Hookworm disease and how to prevent it
Disease focus: Hookworm
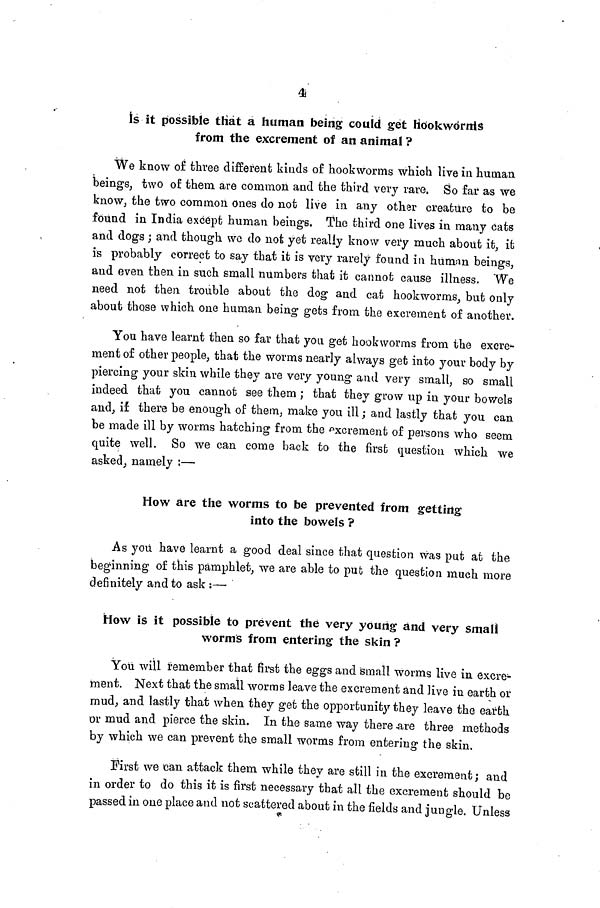
4
is it possible that a human being couid get Hookworms
from the excrement of an animal ?
We know of three different kinds of hookworms which live in human
beings, two of them are common and the third very rare. So far as we
know the two common ones do not live in any other creature to be
found in India except human beings. The third one lives in many cats
and dogs ; and though we do not yet really know very much about it, it
is probably correct to say that it is very rarely found in human beings,
and even then in such small numbers that it cannot cause illness. We
need not then trouble about the dog and cat hookworms, but only
about those which one human being gets from the excrement of another.
You have learnt then so far that you get hookworms from the excre-
ment of other people, that the worms nearly always get into your body by
piercing your skin while they are very young and very small, so small
indeed that you cannot see them ; that they grow up in your bowels
and, if there be enough of them, make you ill ; and lastly that you can
be made ill by worms hatching from the excrement of persons who seem
quite well. So we can come back to the first question which we
asked, namely :—
How are the worms to be prevented from getting
into the bowels ?
As you have learnt a good deal since that question was put at the
beginning of this pamphlet, we are able to put the question much more
definitely and to ask :—
How is it possible to prevent the very young and very small
worms from entering the skin ?
You will remember that first the eggs and small worms live in excre-
ment. Next that the small worms leave the excrement and live in earth or
mud, and lastly that when they get the opportunity they leave the earth
or mud and pierce the skin. In the same way there are three methods
by which we can prevent the small worms from entering the skin.
First we can attack them while they are still in the excrement; and
in order to do this it is first necessary that all the excrement should be
passed in one place and not scattered about in the fields and jungle. Unless